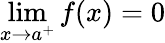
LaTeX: \lim_{x\to a^{+}}f(x)=0